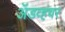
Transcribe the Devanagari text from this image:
ॲडव्हंचर